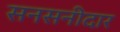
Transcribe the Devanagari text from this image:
सनसनीदार